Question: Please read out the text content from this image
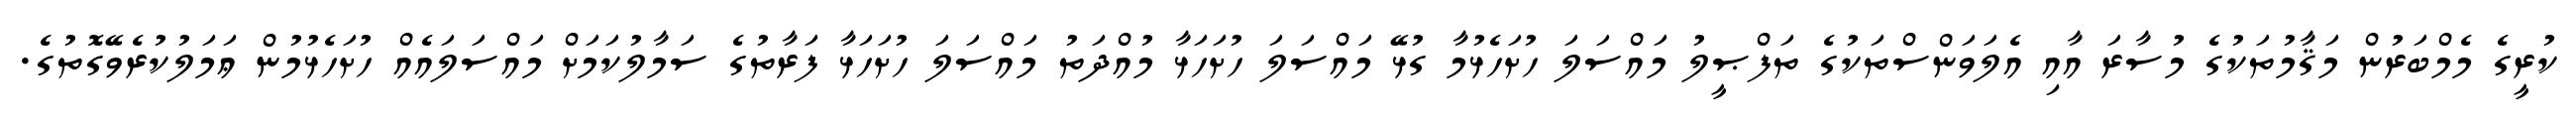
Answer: ކުރީގެ މެމްބަރުން މަޤާމުތަކުގެ މުސާރަ އާއި އެލަވަންސްތަކުގެ ތަފްޞީލު މައްސަލަ ހުށަހެޅުމާ ގުޅޭ މައްސަލަ ހުށަހަޅާ މުއްދަތު މައްސަލަ ހުށަހަޅާ ފަރާތުގެ ސަމާލުކަމަށް މައްސަލައެއް ހުށަހެޅުމުން ޢަމަލުކުރެވޭގޮތުގެ.